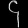
Digit: ၄